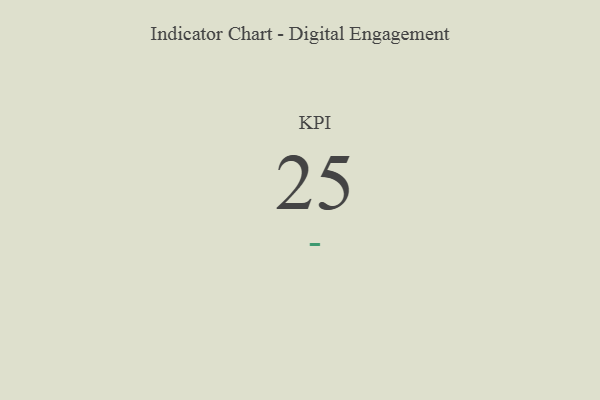
{"axis": {"x": "KPI", "y": "Value"}, "legend": [""], "data": [{"x": "KPI", "y": 25, "type": ""}]}